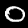
Label: 0